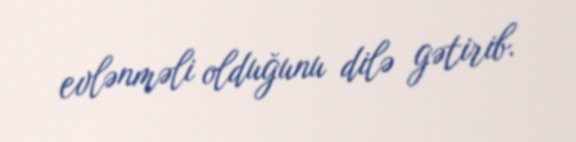
evlənməli olduğunu dilə gətirib.